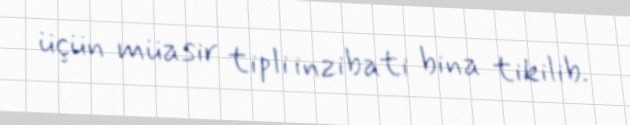
üçün müasir tipli inzibati bina tikilib.